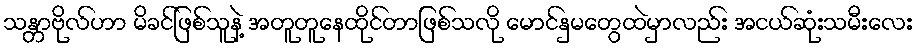
သန္တာဗိုလ်ဟာ မိခင်ဖြစ်သူနဲ့ အတူတူနေထိုင်တာဖြစ်သလို မောင်နှမတွေထဲမှာလည်း အငယ်ဆုံးသမီးလေး